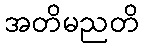
အတိမညတိ